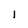
Character: l